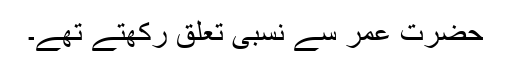
حضرت عمر سے نسبی تعلق رکھتے تھے۔